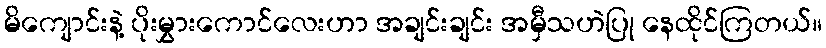
မိကျောင်းနဲ့ ပိုးမွှားကောင်လေးဟာ အချင်းချင်း အမှီသဟဲပြု နေထိုင်ကြတယ်။